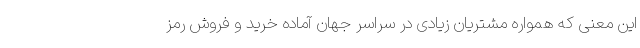
این معنی که همواره مشتریان زیادی در سراسر جهان آماده خرید و فروش رمز